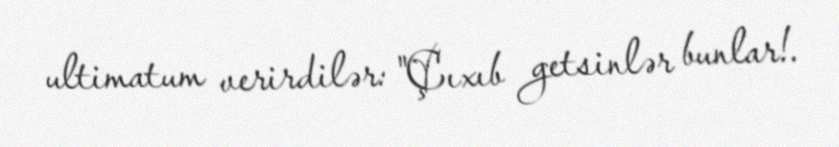
ultimatum verirdilər: "Çıxıb getsinlər bunlar!.